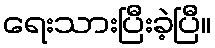
ရေးသားပြီးခဲ့ပြီ။